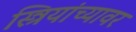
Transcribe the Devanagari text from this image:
स्त्रियांच्यावर